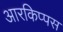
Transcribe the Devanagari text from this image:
आरकिप्पस